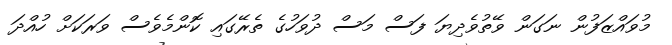
މުވައްޒަފުން ނަގަން ވޭތުވެދިޔަ ފަސް މަސް ދުވަހުގެ ތެރޭގައި ކޮންމެވެސް ވަރަކަށް ހުއްދަ